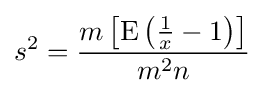
s^{2}={\frac {m\left[\operatorname {E} \left({\frac {1}{x}}-1\right)\right]}{m^{2}n}}